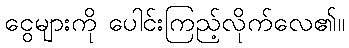
ငွေများကို ပေါင်းကြည့်လိုက်လေ၏။